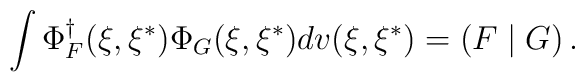
\int \Phi _F^{\dagger }(\xi ,\xi ^{*})\Phi _G(\xi ,\xi ^{*})dv(\xi ,\xi^{*})=\left( F\mid G\right) .